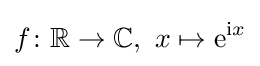
f\colon \mathbb {R} \to \mathbb {C} ,\ x\mapsto \mathrm {e} ^{\mathrm {i} x}